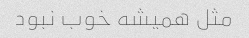
مثل همیشه خوب نبود